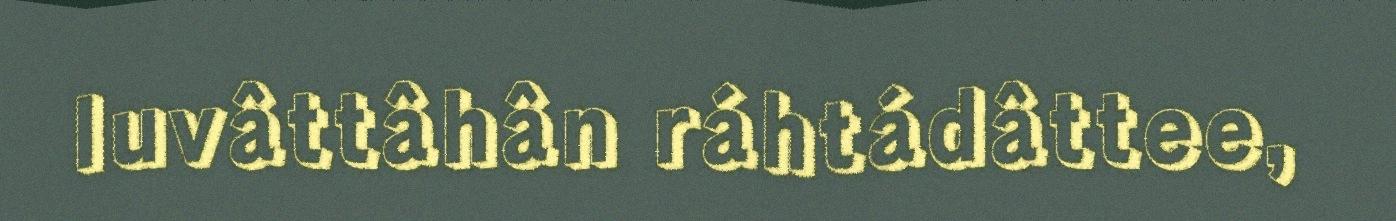
luvâttâhân ráhtádâttee,